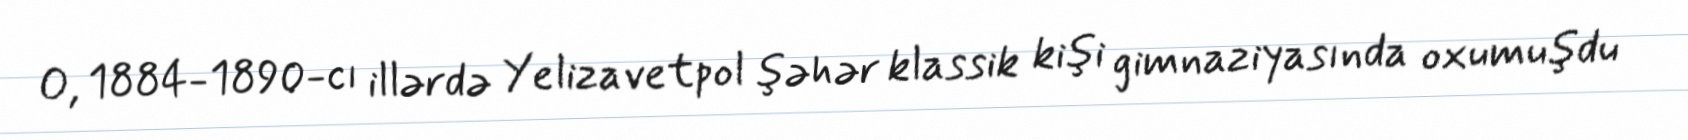
O, 1884-1890-cı illərdə Yelizavetpol şəhər klassik kişi gimnaziyasında oxumuşdu